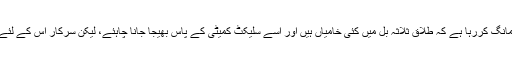
اپوزیشن لگاتار مانگ کررہا ہے کہ طلاق ثلاثہ بل میں کئی خامیاں ہیں اور اسے سلیکٹ کمیٹی کے پاس بھیجا جانا چاہئے، لیکن سرکار اس کے لئے تیار نہیں ہوئی۔